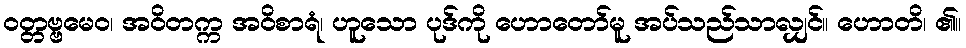
ဝတ္တဗ္ဗမေဝ၊ အဝိတက္က အဝိစာရံ၊ ဟူသော ပုဒ်ကို ဟောတော်မူ အပ်သည်သာလျှင်။ ဟောတိ၊ ၏။